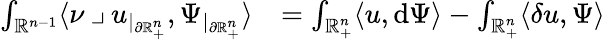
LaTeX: \begin{array}{rl}{\int_{\mathbb{R}^{n-1}}\langle\nu\mathbin{\lrcorner}u_{|_{\partial\mathbb{R}_{+}^{n}}},{\Psi}_{|_{\partial\mathbb{R}_{+}^{n}}}\rangle}&{=\int_{\mathbb{R}_{+}^{n}}\langle u,\mathrm{d}{\Psi}\rangle-\int_{\mathbb{R}_{+}^{n}}\langle\mathbf{\delta}u,{\Psi}\rangle}\end{array}